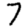
Digit: 7